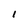
Character: l